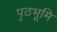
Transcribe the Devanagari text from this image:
पृठभूमि